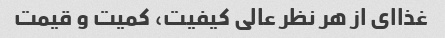
غذاای از هر نظر عالی کیفیت، کمیت و قیمت